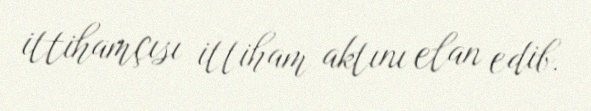
ittihamçısı ittiham aktını elan edib.